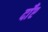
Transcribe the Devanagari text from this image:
दाँए